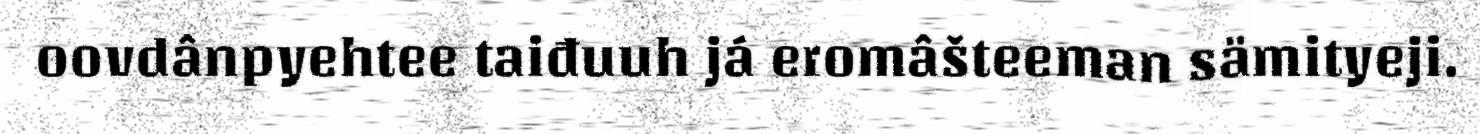
oovdânpyehtee taiđuuh já eromâšteeman sämityeji.